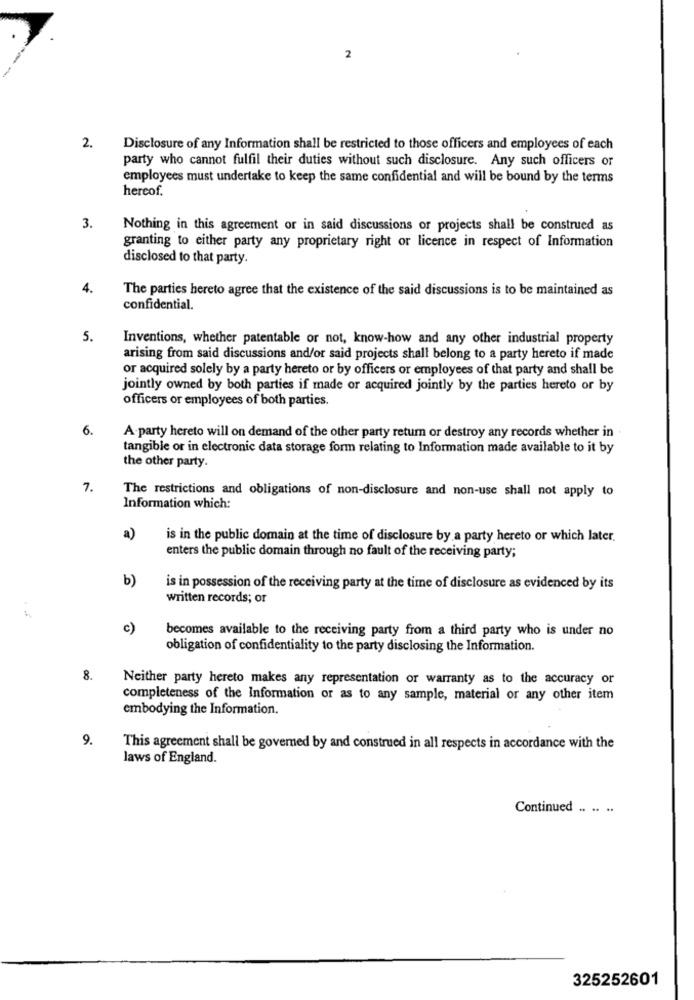
2
2.
Disclosure of any Information shall be restricted to those officers and employees of each
party who cannot fulfil their duties without such disclosure. Any such officers or
employees must undertake to keep the same confidential and will be bound by the terms
hereof.
3.
Nothing in this agreement or in said discussions or projects shall be construed as
granting to either party any proprietary right or licence in respect of Information
disclosed to that party.
4.
The parties hereto agree that the existence of the said discussions is to be maintained as
confidential.
5.
Inventions, whether patentable or not, know-how and any other industrial property
arising from said discussions and/or said projects shall belong to a party hereto if made
or acquired solely by a party hereto or by officers or employees of that party and shall be
jointly owned by both parties if made or acquired jointly by the parties hereto or by
officers or employees of both parties.
6.
A-party hereto will on demand of the other party return or destroy any records whether in
tangible or in electronic data storage form relating to Information made available to it by
the other party.
7.
The restrictions and obligations of non-disclosure and non-use shall not apply to
Information which:
a)
is in the public domain at the time of disclosure by a party hereto or which later.
enters the public domain through no fault of the receiving party;
b)
is in possession of the receiving party at the time of disclosure as evidenced by its
written records; or
c)
becomes available to the receiving party from a third party who is under no
obligation of confidentiality to the party disclosing the Information.
8.
Neither party hereto makes any representation or warranty as to the accuracy or
completeness of the Information or as to any sample, material or any other item
embodying the Information.
9.
This agreement shall be governed by and construed in all respects in accordance with the
laws of England.
Continued .. .. .
325252601